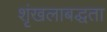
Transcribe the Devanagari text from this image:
शृंखलाबद्धता